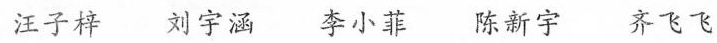
汪子梓 刘宇涵 李小菲 陈新宇 齐飞飞